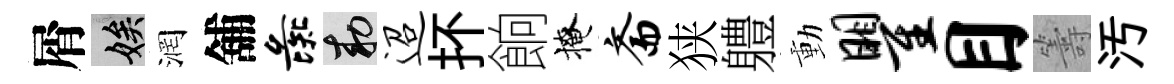
屑娭润舖彘敕迢抔餉掩斋狭軆動瞿目籌汚